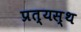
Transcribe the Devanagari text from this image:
प्रत्यस्थ